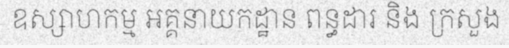
ឧស្សាហកម្ម អគ្គនាយកដ្ឋាន ពន្ធដារ និង ក្រសួង